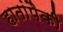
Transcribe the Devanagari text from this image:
हातांपैकी